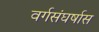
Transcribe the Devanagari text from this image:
वर्गसंघर्षास